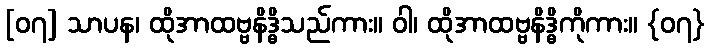
[၀၇] သာပန၊ ထိုအာထဗ္ဗနိဒ္ဓိသည်ကား။ ဝါ၊ ထိုအာထဗ္ဗနိဒ္ဓိကိုကား။ {၀၇}